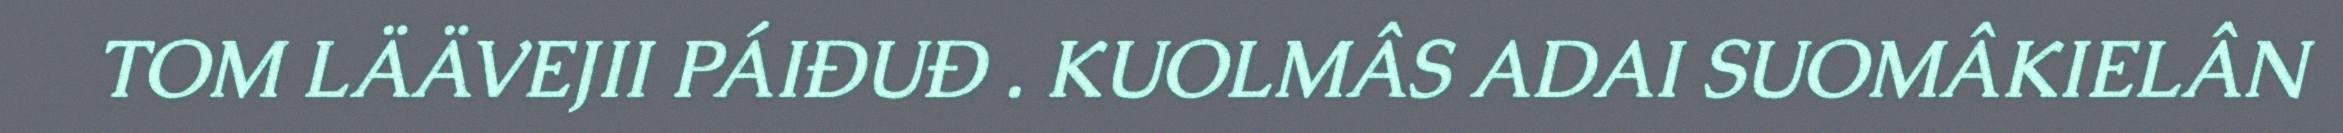
TOM LÄÄVEJII PÁIĐUĐ . KUOLMÂS ADAI SUOMÂKIELÂN